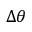
\Delta \theta